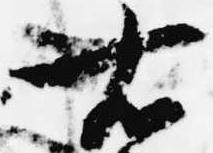
右